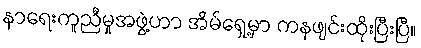
နာရေးကူညီမှုအဖွဲ့ဟာ အိမ်ရှေ့မှာ ကနဖျင်းထိုးပြီးပြီ။